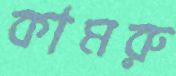
কামরু